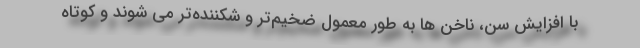
با افزایش سن، ناخن ها به طور معمول ضخیم‌تر و شکننده‌تر می شوند و کوتاه